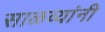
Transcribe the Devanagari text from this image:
साळव्यांनी